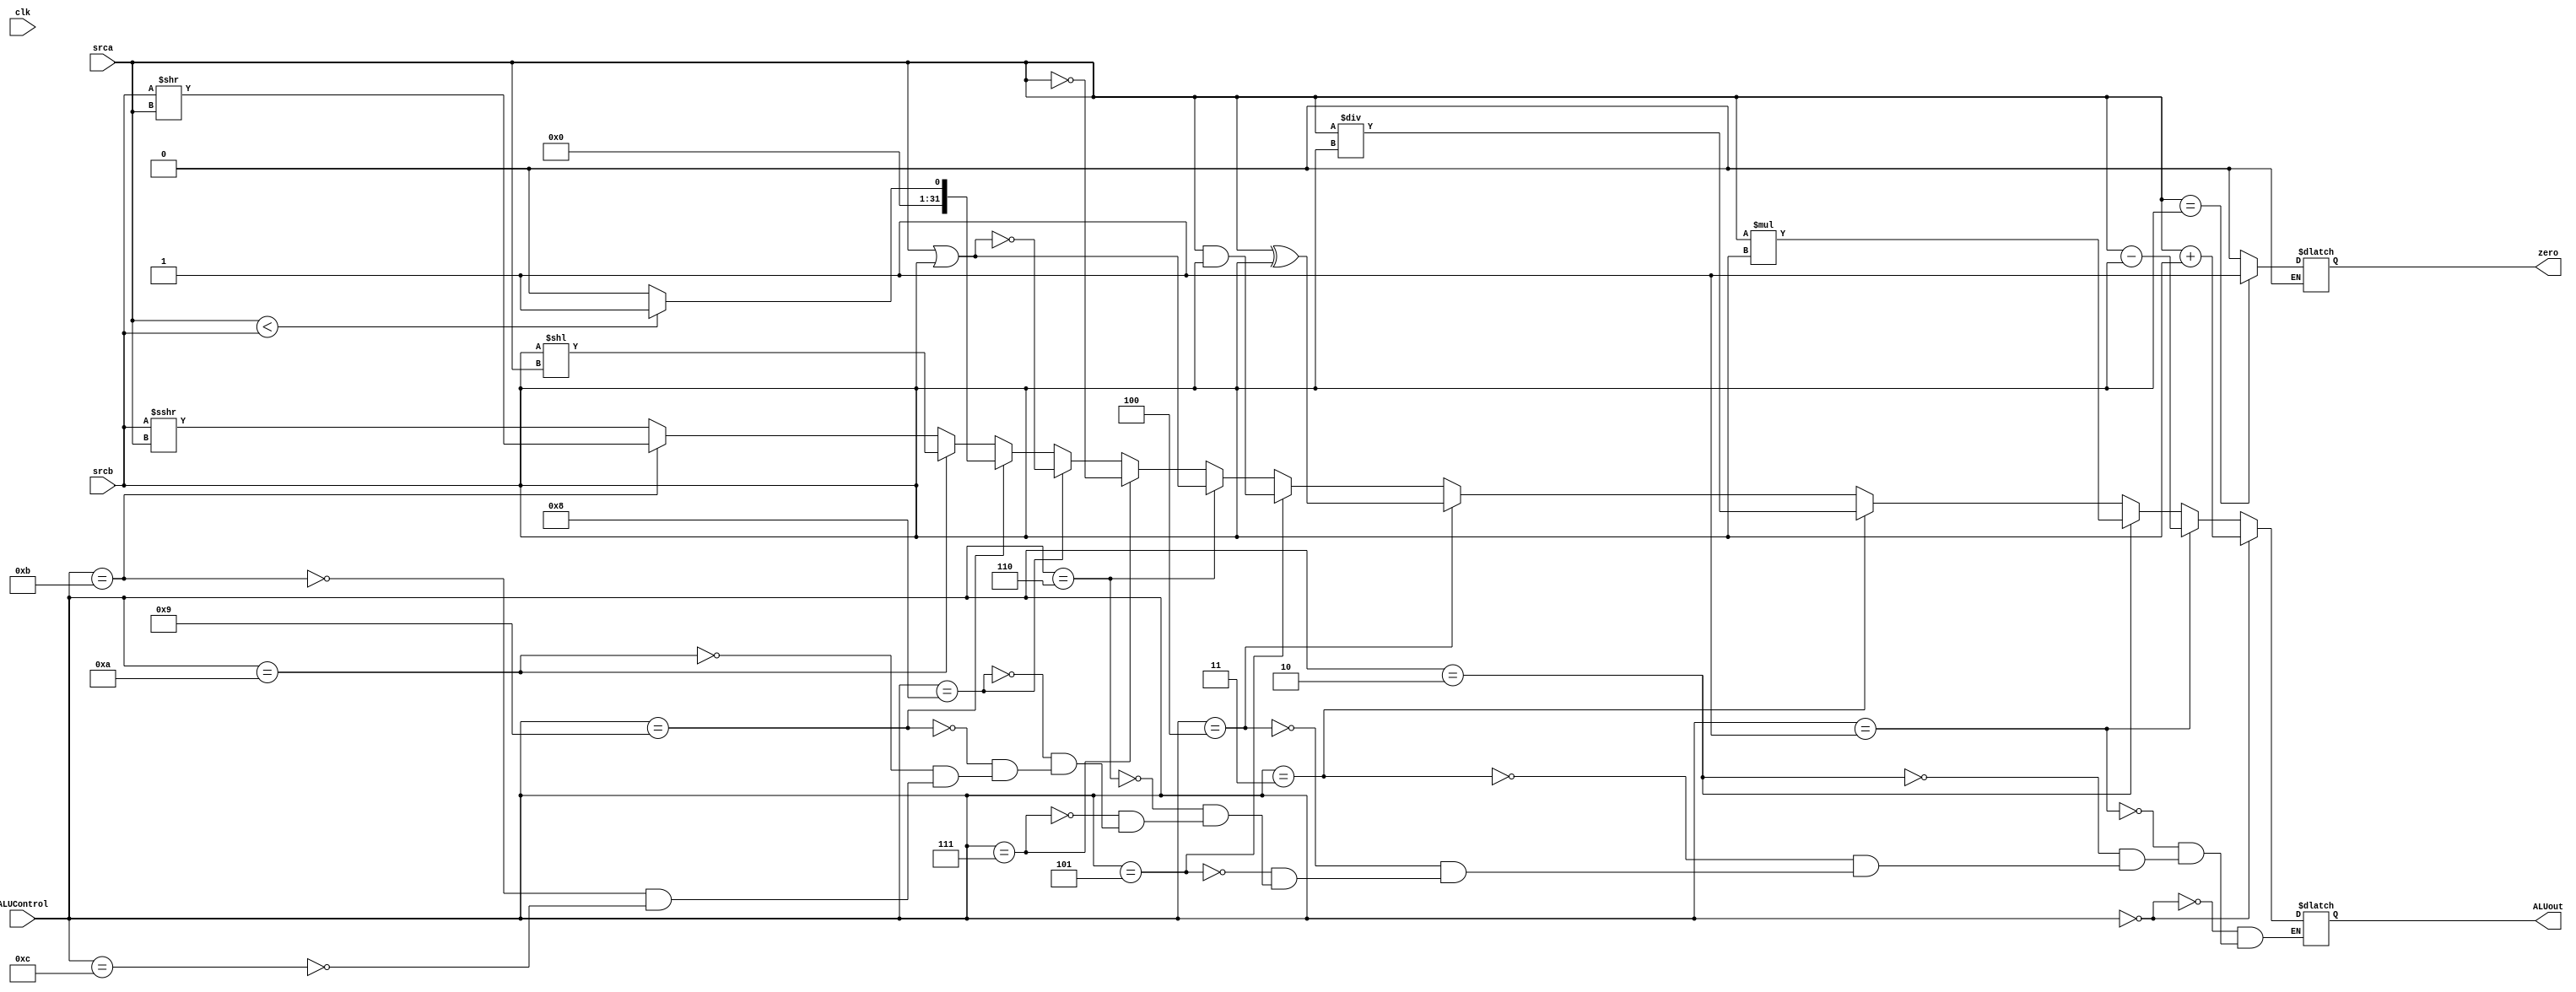
`timescale 1ns / 1ps

module main_ALU(srca, srcb, clk, ALUControl, ALUout, zero);
	input [31:0] srca, srcb;
	input clk;
	input [3:0] ALUControl;
	output reg [31:0] ALUout;
	output reg zero;

	always @(ALUControl , srca , srcb)
	begin
		if ( srca == srcb)						// set zero flag
			zero <= 1'b1;
		if (~(srca == srcb))
			zero <= 1'b0;
		if (ALUControl == 4'b0000)					// add
			ALUout <= srca + srcb;
		else if (ALUControl == 4'b0001)			// subtract
			ALUout <= srca - srcb;
		else if (ALUControl == 4'b0010)			// multiply
			ALUout <= srca * srcb;	
		else if (ALUControl == 4'b0011)			// division
			ALUout <= srca / srcb;
		else if (ALUControl == 4'b0100)			// xor
			ALUout <= srca ^ srcb;
		else if (ALUControl == 4'b0101)			// and
			ALUout <= srca & srcb;
		else if (ALUControl == 4'b0110)			// or
			ALUout <= srca | srcb;
		else if (ALUControl == 4'b0111)			// not
			ALUout <= ~srca;
		else if (ALUControl == 4'b 1000)			// nor
			ALUout <= ~(srca | srcb);
		else if (ALUControl == 4'b1001)			// set less than
			if (srca < srcb)
				ALUout <= 32'b1;
			else
				ALUout <= 32'b0;
		else if (ALUControl == 4'b1010)			// shift left logical
			ALUout <= srcb << srca;
		else if (ALUControl == 4'b1011)			// shift right logical
			ALUout <= srcb >> srca;
		else if (ALUControl == 4'b1100)			// shift right arithmetic
			ALUout <= srcb >>> srca;
		end

endmodule